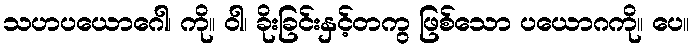
သဟပယောဂေါ၊ ကို။ ဝါ၊ ခိုးခြင်းနှင့်တကွ ဖြစ်သော ပယောဂကို။ ပေ။